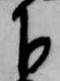
下